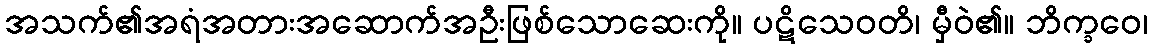
အသက်၏အရံအတားအဆောက်အဦးဖြစ်သောဆေးကို။ ပဋိသေဝတိ၊ မှီဝဲ၏။ ဘိက္ခဝေ၊